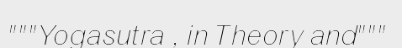
"""Yogasutra , in Theory and"""